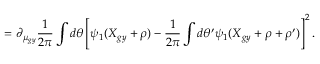
= \partial _ { \mu _ { g y } } \frac { 1 } { 2 \pi } \int d \theta \left[ \psi _ { 1 } ( \boldsymbol { X } _ { g y } + \boldsymbol { \rho } ) - \frac { 1 } { 2 \pi } \int d \theta ^ { \prime } \psi _ { 1 } ( \boldsymbol { X } _ { g y } + \boldsymbol { \rho } + \boldsymbol { \rho } ^ { \prime } ) \right] ^ { 2 } .